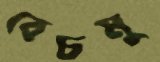
বেচমু